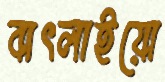
বাৎলাইয়ো